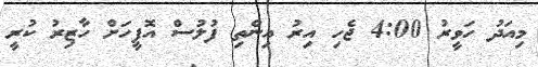
މިއަދު ހަވީރު 4:00 ޖެހި އިރު އިންތި ފުލުސް އޮފީހަށް ހާޒިރު ކުރީ